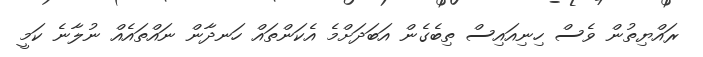
ރައްޔިތުން ވެސް ހިނިއައިސް ތިބެގެން އަބަދަށްމެ އެކަންތައް ހަނދާން ނައްތައެއް ނުލާނެ ކަމީ